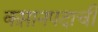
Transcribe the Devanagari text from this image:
कप्तानपदाची